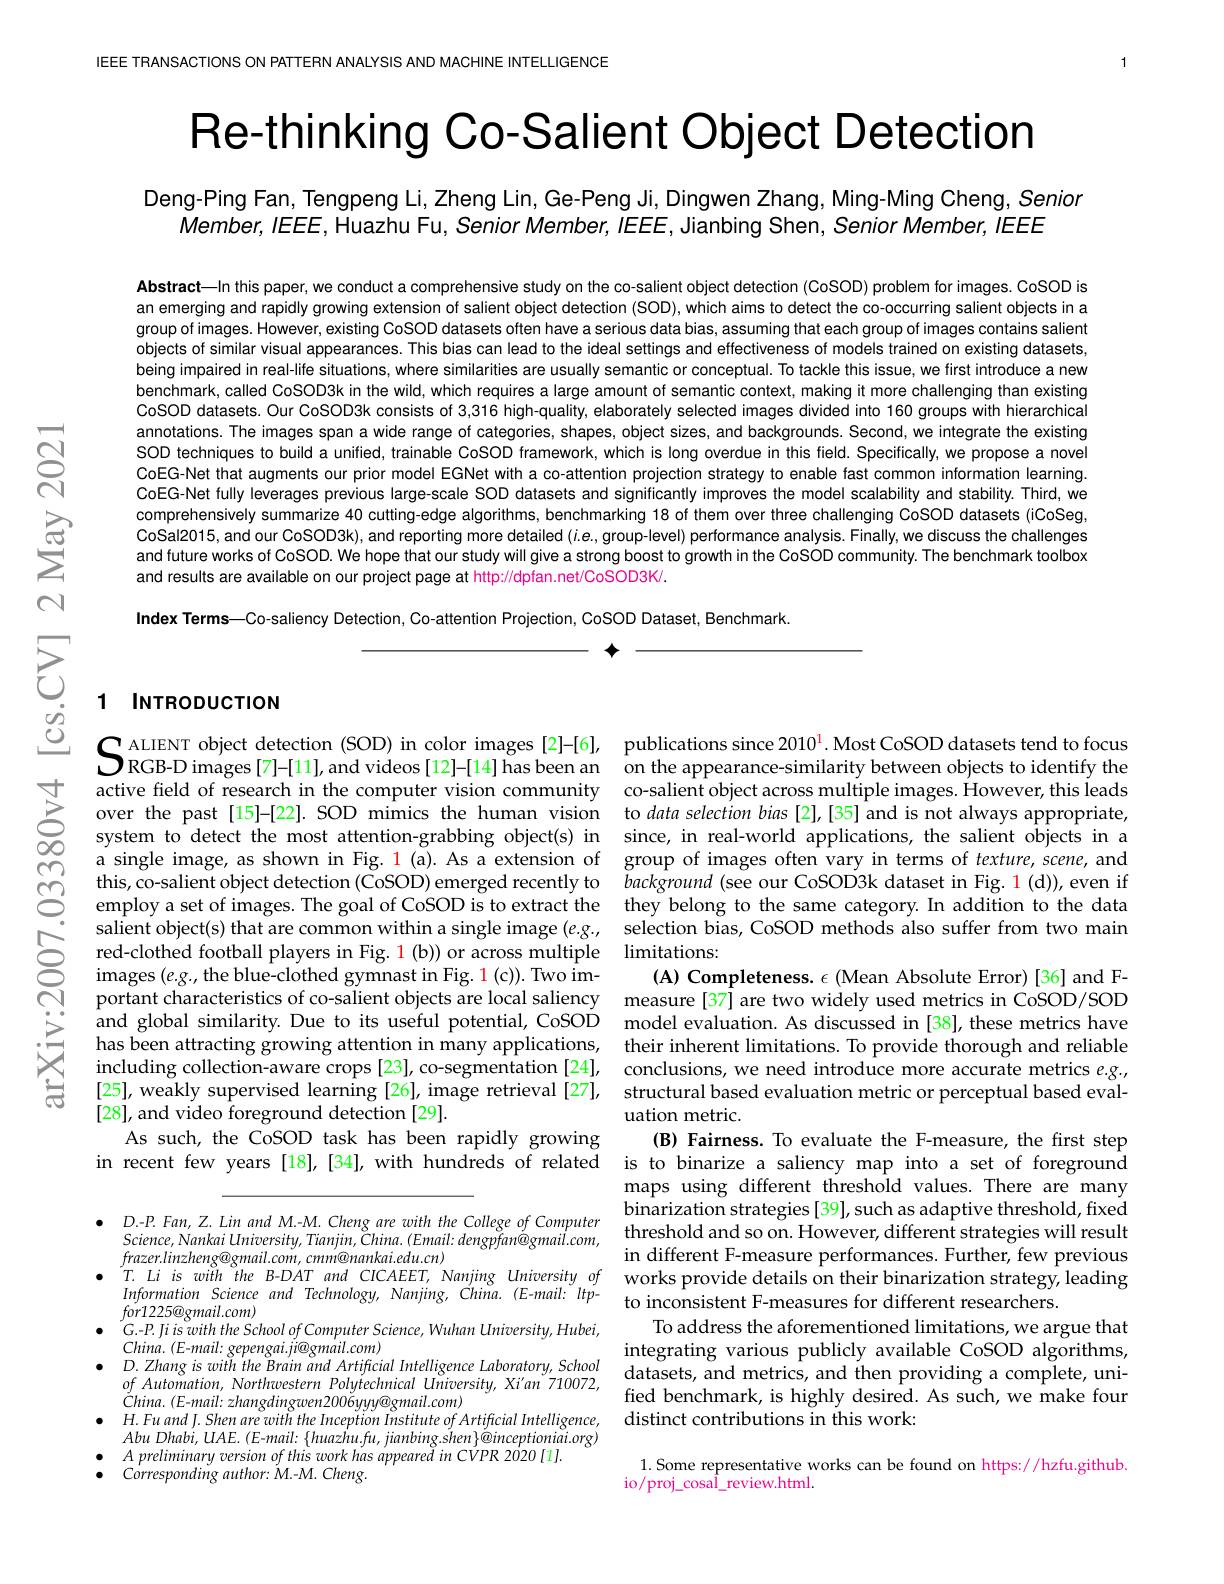
$ਛੱ$

IEEE TRANSACTIONS ON PATTERN ANALYSIS AND MACHINE INTELLIGENCE

$\textbf{Re- thinking Co- Salient Object Detection}$

Deng-Ping Fan, Tengpeng Li, Zheng Lin, Ge-Peng Ji, Dingwen Zhang, Ming-Ming Cheng, Senior
$Member,IEEEE$, Huazhu Fu, Senior Member, IEEE, Jianbing Shen, Senior Member, IEEEE

Abstract—In this paper, we conduct a comprehensive study on the co-salient object detection (CoSOD) problem for images. CoSOD is an emerging and rapidly growing extension of salient object detection (SOD), which aims to detect the co-occurring salient objects in a group of images. However, existing CoSOD datasets often have a serious data bias, assuming that each group of images contains salient objects of similar visual appearances. This bias can lead to the ideal settings and effectiveness of models trained on existing datasets, being impaired in real-life situations, where similarities are usually semantic or conceptual. To tackle this issue, we first introduce a new benchmark, called CoSOD3k in the wild, which requires a large amount of semantic context, making it more challenging than existing CoSOD datasets. Our CoSOD3k consists of 3,316 high-quality, elaborately selected images divided into 160 groups with hierarchical annotations.The images span a wide range of categories, shapes, object sizes, and backgrounds. Second, we integrate the existing SOD techniques to build a unified, trainable CoSOD framework,which is Iong overdue in this field. Specifically, we propose a novel CoEG-Net that augments our prior model EGNet with a co-attention projection strategy to enable fast common information learning. CoEG-Net fully leverages previous large-scale SOD datasets and significantly improves the model scalability and stability. Third, we comprehensively summarize 40 cutting-edge algorithms, benchmarking 18 of them over three challenging CoSOD datasets (iCoSeg, CoSal2015, and our CoSOD3k), and reporting more detailed $(i.e$, group-level) performance analysis. Finally, we discuss the challenges and future works of CoSOD. We hope that our study will give a strong boost to growth in the CoSOD community. The benchmark toolbox and results are available on our project page at http://dpfan.net/CoSOD3K/.

Index Terms—Co-saliency Detection, Co-attention Projection, CoSOD Dataset, Benchmark.

$\textbf{个 }$

# $\sum_{\begin{array}{c}C_{\dot{\varrho}}&1\\C_{\dot{\varrho}}&1\end{array}\text{ INTRODUCTION}}^{\text{ALENT object detection (SOD) in color images [2]-[6],}}$

active field of research in the computer vision community
over the past [15]-[22]. SOD
system to detect the most attention-grabbing object(s) in a single image, as shown in
salient object(s) that are c
red-clothed football players images $(e.g.$, the blue-clo portant characteristics of c and global similarity. Due t has been attracting growing including collection-aware c [25], weakly supervised lear
[28], and video foreground d
As such, the CoSOD task has
in recent few years [18],[34

publications since 2010^1. M on the appearance-similarity co-salient object across mul since, in real-world applica group of images often vary i limitations:
(A) Completeness. $\epsilon$ (Mean structural based evaluation uation metric.
(B) Fairness. To evaluate th maps using different thresho binarization strategies [39]
$\begin{array}{lllll}\bullet&D.P.Fan,Z.Lin~and~M.-M.~Cheng~are~wit\end{array}$
in different F-measure perfo
T. Li is with the B-DAT and
Information Science and Tech
To address the aforementione integrating various publicly datasets, and metrics, and then providing a complete, unified benchmark, is highly desired. As such, we make four distinct contributions in this work:

$Science,NankaiUniversity,Tianjin,\tilde{C}hina.(Email:dengpfan\dot{@}gmail.com$,
$frazer.linzheng@gmail.com,cmm@nankai.edu.cn)$
$for1225@gmail.com)$
$G.-P.JiiswiththeSchoolofComputerScience,WuhanUniversity,Hubei$,
$D.ZhangiswiththeBrainandArtificialIntelligenceLaboratory,School$ $ofAutomation,Northwestern$ Polytechnical University, Xi'an 710072, $China.(E-mail:zhangdingwen2006yyy@gmail.com)$
$\bullet$ $H. FuandJ. ShenarewiththeInceptionInstituteofArtificialIntelligence$,
Abu $Dhabi$, $UAE.$ $( E- mail:$ $\{ huazhu. fu$, $jianbing. shen\} @ inceptioniai. org)$
$\begin{array}{lll}{\bullet}&{A\:preliminary\:version\:of\:this\:work\:has\:appeared\:in\:CVPR\:2020\:[1].}\\{\bullet}&{Corresponding\:author:\:M.-M.\:Cheng.}\end{array}$

1. Some representative works can be found on https://hzfu.github.
io/proj\_cosaÎ\_review.html.